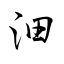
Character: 沺